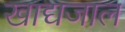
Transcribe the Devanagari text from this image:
खाद्यजाल